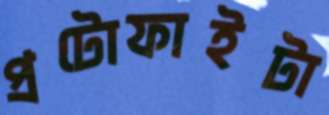
প্রটোফাইটা